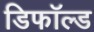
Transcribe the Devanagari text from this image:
डिफॉल्ड